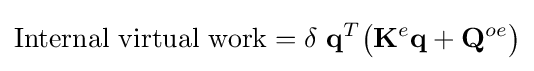
{\mbox{Internal virtual work}}=\delta \ \mathbf {q} ^{T}{\big (}\mathbf {K} ^{e}\mathbf {q} +\mathbf {Q} ^{oe}{\big )}